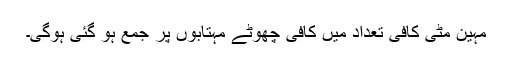
مہین مٹی کافی تعداد میں کافی چھوٹے مہتابوں پر جمع ہو گئی ہوگی۔